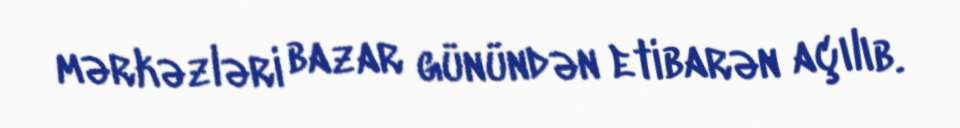
mərkəzləri bazar günündən etibarən açılıb.